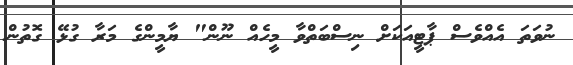
ނުވަތަ އެއްވެސް ޕާޓީއަކަށް ނިސްބަތްވާ މީހެއް ނޫން" ޔާމީންގެ މަރާ ގުޅޭ ގޮތުން